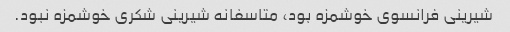
شیرینی فرانسوی خوشمزه بود، متاسفانه شیرینی شکری خوشمزه نبود.